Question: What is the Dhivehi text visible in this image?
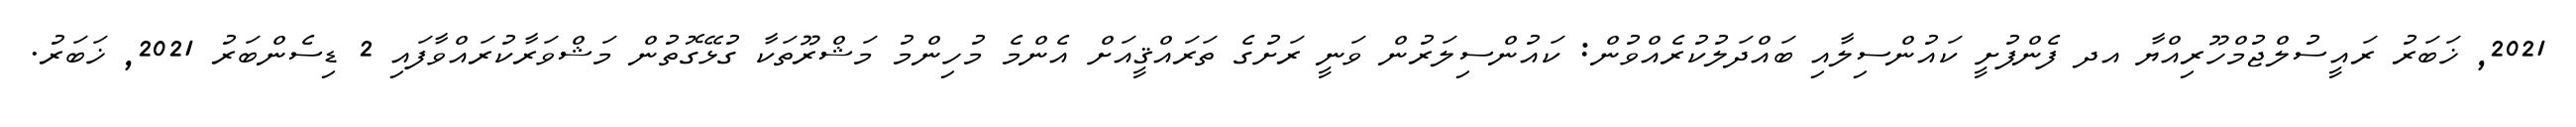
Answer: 2021, ޚަބަރު ރައީސުލްޖުމްހޫރިއްޔާ އދ ފެންފުށީ ކައުންސިލާއި ބައްދަލުކުރެއްވުން: ކައުންސިލަރުން ވަނީ ރަށުގެ ތަރައްޤީއަށް އެންމެ މުހިންމު މަޝްރޫތަކާ ގުޅޭގޮތުން މަޝްވަރާކުރައްވާފައި 2 ޑިސެންބަރު 2021, ޚަބަރު.